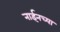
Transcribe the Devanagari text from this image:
नाईनच्या